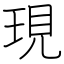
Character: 現